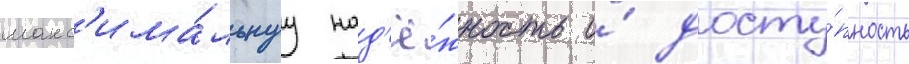
макс'има́льнуу над'ё́жность и́ досту́пность